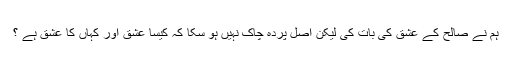
ہم نے صالحؔ کے عشق کی بات کی لیکن اصل پردہ چاک نہیں ہو سکا کہ کیسا عشق اور کہاں کا عشق ہے ؟